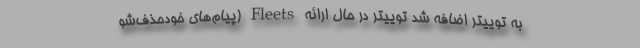
به توییتر اضافه شد توییتر در حال ارائه Fleets (پیام‌های خودحذف‌شو